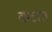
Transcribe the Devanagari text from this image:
कटटा